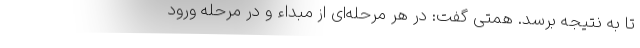
تا به نتیجه برسد. همتی گفت: در هر مرحله‌ای از مبداء و در مرحله ورود